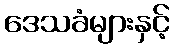
ဒေသခံများနှင့်